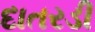
દાતરડી